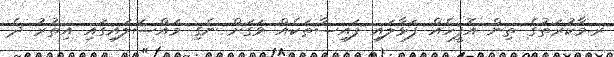
ރ.މާކުރަތުގެ ތިން އޮފީހެއް ފަޅާލައި ފައިސާތަކެއް ވަގަށް ނެގި މައްސަލައިގައި އިތުރު ދެ